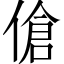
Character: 傖